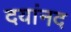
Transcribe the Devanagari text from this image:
दयांनद